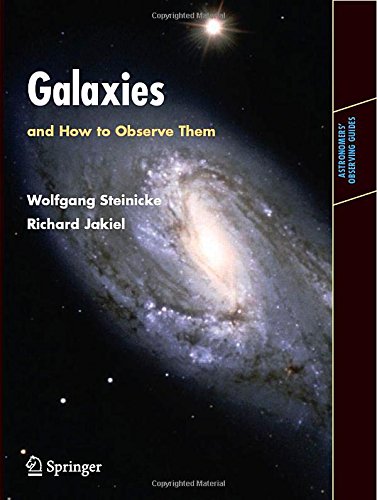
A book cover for Galaxies and How to Observe Them (Astronomers' Observing Guides); Wolfgang Steinicke; Science & Math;